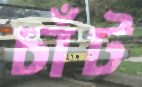
চাঁট